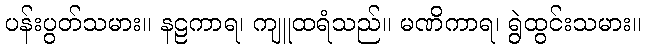
ပန်းပွတ်သမား။ နဠကာရ၊ ကျူထရံသည်။ မဏိကာရ၊ ရွဲထွင်းသမား။